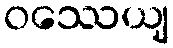
ဝဿေယျ